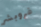
فروبشر